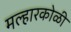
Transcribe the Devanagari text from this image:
मल्हारकोळी